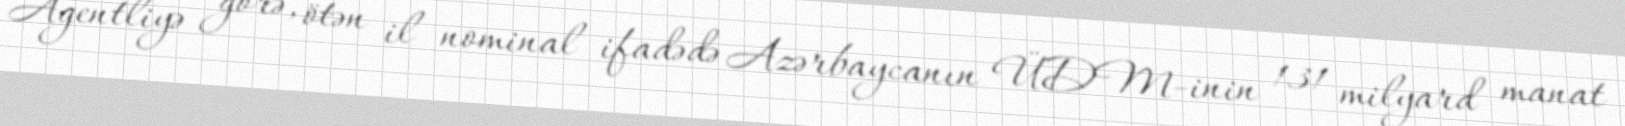
Agentliyə görə, ötən il nominal ifadədə Azərbaycanın ÜDM-inin 131 milyard manat